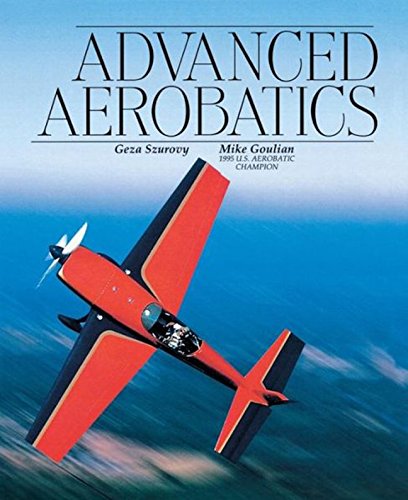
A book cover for Advanced Aerobatics; Geza Szurovy; Sports & Outdoors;